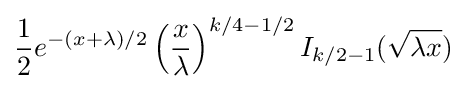
{\frac {1}{2}}e^{-(x+\lambda )/2}\left({\frac {x}{\lambda }}\right)^{k/4-1/2}I_{k/2-1}({\sqrt {\lambda x}})